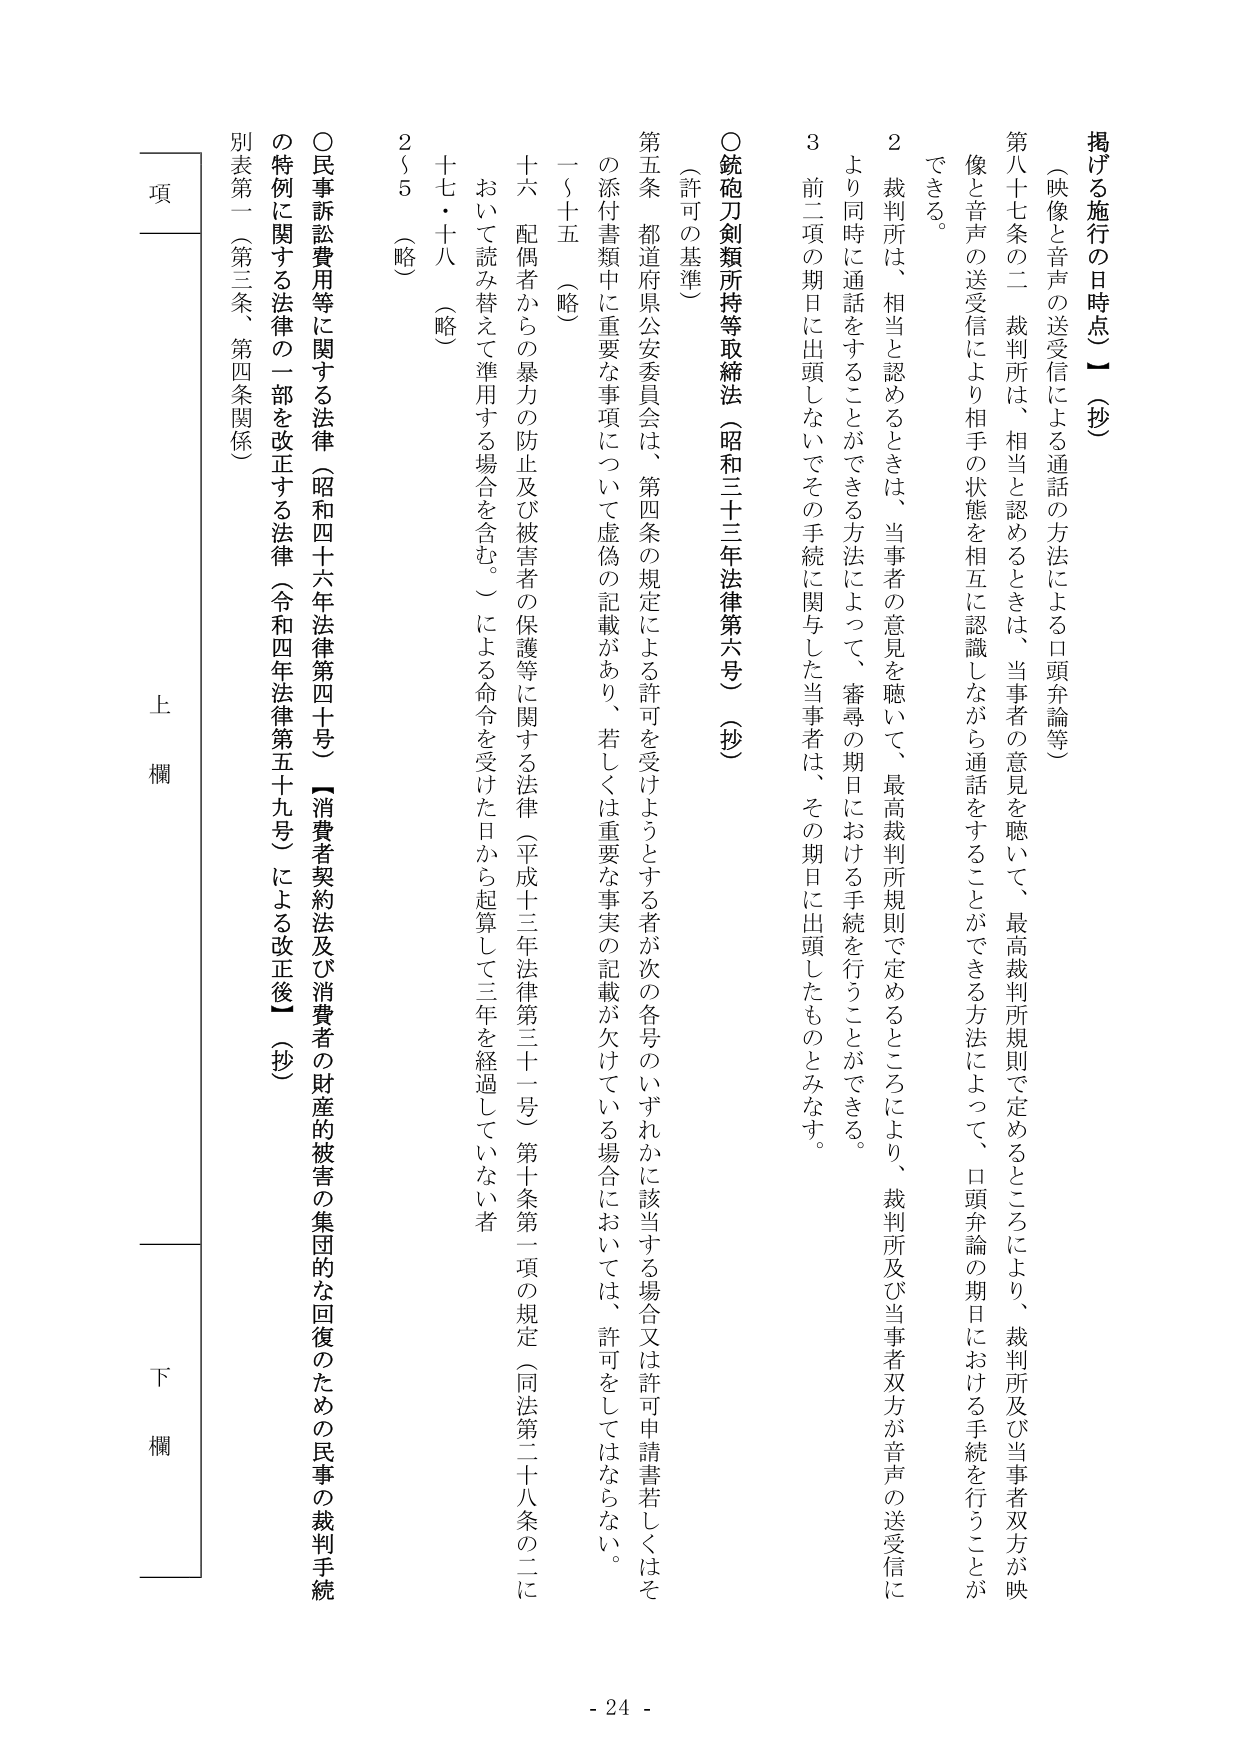
掲げる施行の日時点）〔抄〕
（映像と音声の送受信による通話の方法による口頭弁論等）
第八十七条の二 裁判所は、相当と認めるときは、当事者の意見を聴いて、最高裁判所規則で定めるところにより、裁判所及び当事者双方が映像と音声の送受信により相手の状態を相互に認識しながら通話をすることができる方法によって、口頭弁論の期日における手続を行うことができる。
２ 裁判所は、相当と認めるときは、当事者の意見を聴いて、最高裁判所規則で定めるところにより、裁判所及び当事者双方が音声の送受信により同時に通話をすることができる方法によって、審尋の期日における手続を行うことができる。
３ 前二項の期日に出頭しないでその手続に関与した当事者は、その期日に出頭したものとみなす。

○銃砲刀剣類所持等取締法（昭和三十三年法律第六号）〔抄〕
（許可の基準）
第五条 都道府県公安委員会は、第四条の規定による許可を受けようとする者が次の各号のいずれかに該当する場合又は許可申請書若しくはその添付書類中に重要な事項について虚偽の記載があり、若しくは重要な事実の記載が欠けている場合においては、許可をしてはならない。
一～十五 （略）
十六 配偶者からの暴力の防止及び被害者の保護等に関する法律（平成十三年法律第三十一号）第十条第一項の規定（同法第二十八条の二において読み替えて準用する場合を含む。）による命令を受けた日から起算して三年を経過していない者
十七・十八 （略）
２～５ （略）

○民事訴訟費用等に関する法律（昭和四十六年法律第四十号）【消費者契約法及び消費者の財産の被害の集団的な回復のための民事の裁判手続の特例に関する法律の一部を改正する法律（令和四年法律第五十九号）による改正後】〔抄〕
別表第一（第三条、第四条関係）

項
上欄
下欄

- 24 -